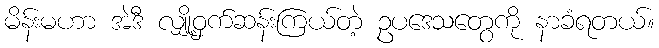
မိန်းမဟာ အဲဒီ လျှို့ဝှက်ဆန်းကြယ်တဲ့ ဥပဒေသတွေကို နာခံရတယ်။